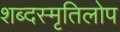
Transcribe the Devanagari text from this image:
शब्दस्मृतिलोप